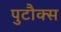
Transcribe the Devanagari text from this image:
पुटौक्स